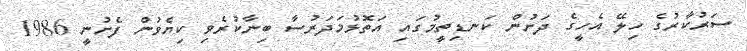
ސަރުކާރުގެ ހިލޭ އެހީގެ ދަށުން ކަނޑިތީމުގައި އަތޮޅުމަދަރުސާ ބިނާކުރެވި ކިޔެވުން ފެށުނީ 1986